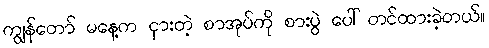
ကျွန်တော် မနေ့က ငှားတဲ့ စာအုပ်ကို စားပွဲ ပေါ် တင်ထားခဲ့တယ်။